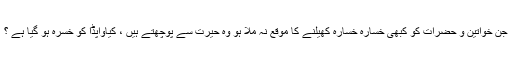
جن خواتین و حضرات کو کبھی خسارہ خسارہ کھیلنے کا موقع نہ ملا ہو وہ حیرت سے پوچھتے ہیں ، کیاواپڈا کو خسرہ ہو گیا ہے ؟